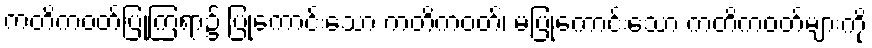
ကတိကဝတ်ပြုကြရာ၌ ပြုကောင်းသော ကတိကဝတ်၊ မပြုကောင်းသော ကတိကဝတ်များကို